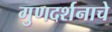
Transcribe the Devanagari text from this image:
गुणदर्शनाचे